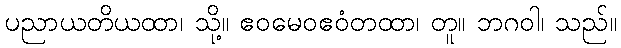
ပညာယတိယထာ၊ သို့။ ဧဝမေဝဧဝံတထာ၊ တူ။ ဘဂဝါ၊ သည်။